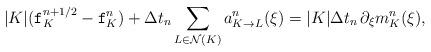
LaTeX: \begin{align*}|K|(\mathtt{f}^{n+1/2}_K-\mathtt{f}^n_K)+\Delta t_n \sum_{L\in\mathcal{N}(K)} a_{K\to L}^n(\xi)=|K|\Delta t_n\, \partial_\xi m^n_K(\xi),\end{align*}